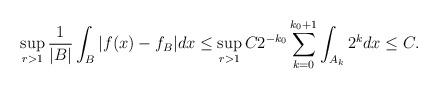
LaTeX: \begin{align*}\sup_{r>1}\frac{1}{|B|}\int_{B}|f(x)-f_{B}|dx\leq \sup_{r>1}C2^{-k_{0}}\sum^{k_{0}+1}_{k=0}\int_{A_{k}}2^{k}dx\leq C.\end{align*}